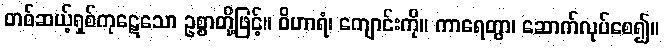
တစ်ဆယ့်ရှစ်ကုဋေသော ဥစ္စာတို့ဖြင့်။ ဝိဟာရံ၊ ကျောင်းကို။ ကာရေတွာ၊ ဆောက်လုပ်စေ၍။